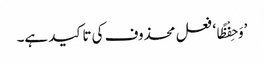
’وَحِفْظًا‘ فعل محذوف کی تاکید ہے۔